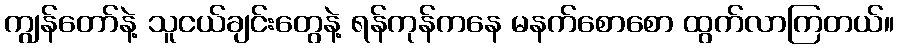
ကျွန်တော်နဲ့ သူငယ်ချင်းတွေနဲ့ ရန်ကုန်ကနေ မနက်စောစော ထွက်လာကြတယ်။